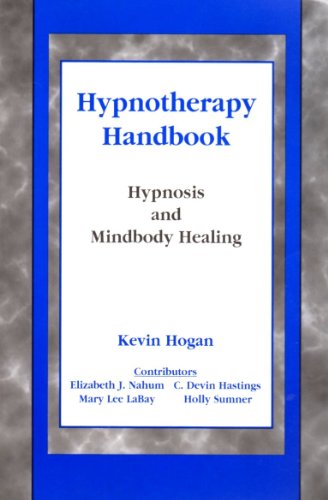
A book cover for Hypnotherapy Handbook: Hypnosis and Mindbody Healing in the 21st Century; Kevin Hogan; Health, Fitness & Dieting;